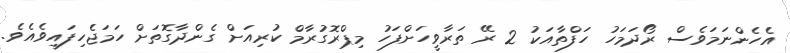
އެހެންނަމަވެސް ރޯދަމަހު ހަފްތާއަކު 2 ރޭ ތަރާވީހަށްފަހު މިޕްރޮގުރާމް ކުރިއަށް ގެންދާގޮތަށް ހަމަޖެހިފައިވެއެވެ.